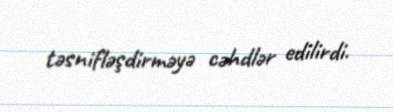
təsnifləşdirməyə cəhdlər edilirdi.